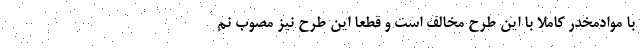
با موادمخدر کاملا با این طرح مخالف است و قطعا این طرح نیز مصوب نم